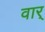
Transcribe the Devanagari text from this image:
वार्